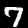
Label: 7